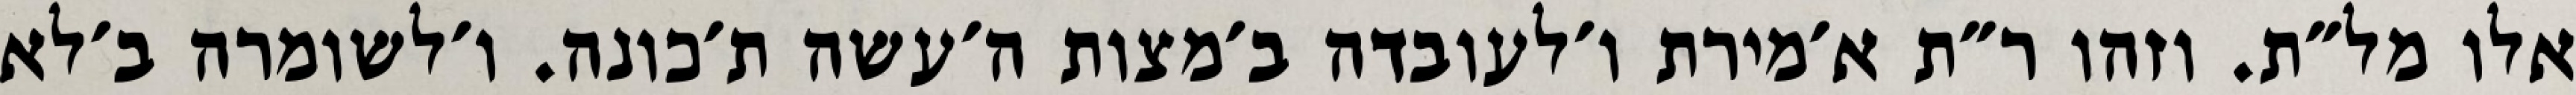
אלו מל״ת. וזהו ר״ת א׳מירת ו׳לעובדה ב׳מצות ה׳עשה ת׳כונה. ו׳לשומרה ב׳לא